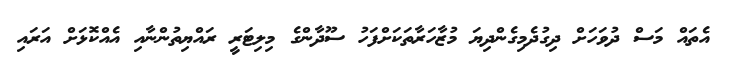
އެތައް މަސް ދުވަހަށް ދިގުދެމިގެންދިޔަ މުޒާހަރާތަކަށްފަހު ސޫދާންގެ މިލިޓަރީ ރައްޔިތުންނާއި އެއްކޮޅަށް އަރައި